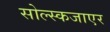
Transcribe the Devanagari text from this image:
सोल्स्कजाएर